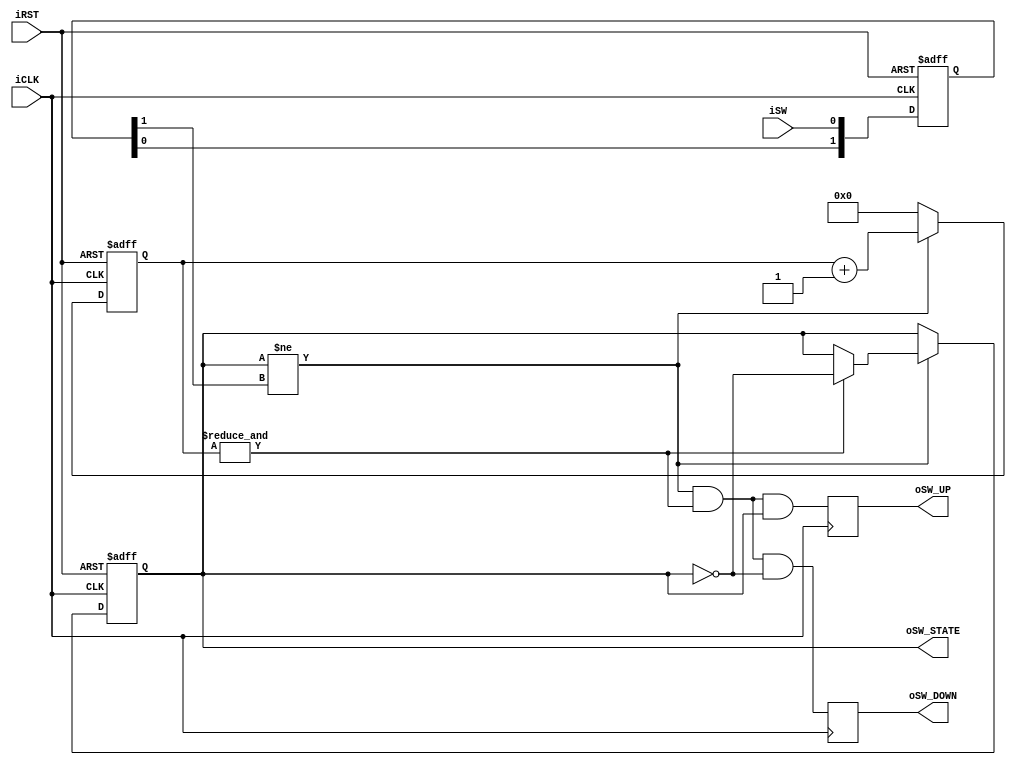
//==================================================================================================
//  Revision      : 
//  Author        : 
//  Company       : AO Kotlin-Novator
//  Email         : 
//
//  Description   : 
//
//
//==================================================================================================
module button_debouncer
#(
    parameter CNT_WIDTH = 7
)
(
    input       iCLK,iRST,iSW,

    output  reg oSW_STATE,oSW_DOWN,oSW_UP
);
// !      
    reg [1:0]   rSW;
/////////////////////////////////////////
always @(posedge iCLK or posedge iRST)
    if (iRST)
        rSW <= 2'b00;
    else
        rSW <= {rSW[0], iSW}; // rSW <= {rSW[0], ~iSW};

    reg [CNT_WIDTH-1:0] rSW_COUNT;

    wire wSW_CHANGE_F = (oSW_STATE != rSW[1]);
    wire wSW_CNT_MAX  = &rSW_COUNT;
/////////////////////////////////////////
always @(posedge iCLK or posedge iRST)
    if (iRST) begin
        rSW_COUNT <= 0;
        oSW_STATE <= 0;
    end
    else if (wSW_CHANGE_F) begin
        if (wSW_CNT_MAX) oSW_STATE <= ~oSW_STATE;
        rSW_COUNT <= rSW_COUNT + 'd1;
    end
    else 
        rSW_COUNT <= 0;
/////////////////////////////////////////
always @(posedge iCLK) begin
    oSW_DOWN <= wSW_CHANGE_F & wSW_CNT_MAX & ~oSW_STATE;
    oSW_UP   <= wSW_CHANGE_F & wSW_CNT_MAX & oSW_STATE;
end

endmodule